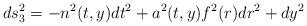
\begin{align*}ds_3^2=-n^2(t,y)dt^2+a^2(t,y)f^2(r)dr^2+dy^2\end{align*}